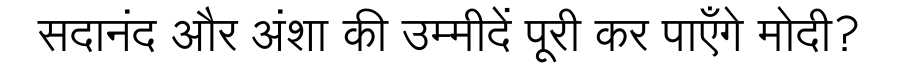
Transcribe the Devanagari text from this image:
सदानंद और अंशा की उम्मीदें पूरी कर पाएँगे मोदी?